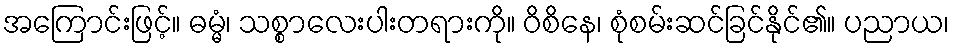
အကြောင်းဖြင့်။ ဓမ္မံ၊ သစ္စာလေးပါးတရားကို။ ဝိစိနေ၊ စုံစမ်းဆင်ခြင်နိုင်၏။ ပညာယ၊